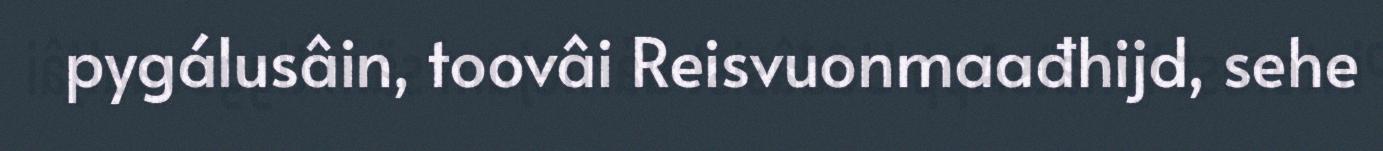
pygálusâin, toovâi Reisvuonmaađhijd, sehe